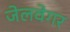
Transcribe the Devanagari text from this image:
जेलवेगर